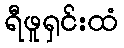
ရီဖူရှင်းထံ